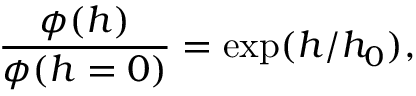
\frac { \phi ( h ) } { \phi ( h = 0 ) } = \exp ( h / h _ { 0 } ) ,